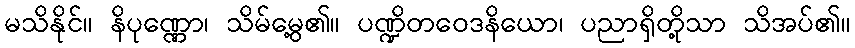
မသိနိုင်။ နိပုဏ္ဏော၊ သိမ်မွေ့၏။ ပဏ္ဍိတဝေဒနိယော၊ ပညာရှိတို့သာ သိအပ်၏။